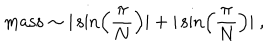
LaTeX: \mathrm { m a s s } \sim | \sin \left( \frac { \pi } { N } \right) | + | \sin \left( \frac { \pi } { N } \right) | ~ ,